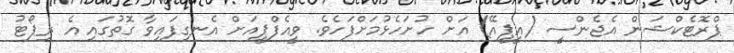
ޕްރޮޓެކްޝަން އެޖެންސީ (އީޕީއޭ) އަށް ހުށަހެޅުމަށްފަހެވެ. ވީއެފްޕީއަށް އެނގިފައިވާ ގޮތުގައި އެ ރިޕޯޓު